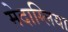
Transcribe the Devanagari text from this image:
मेदाग्लिया